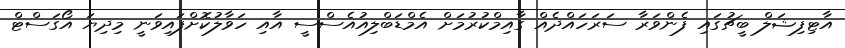
އާޓިފިޝަލް ބީޗުގައި ފެންވަރާ ސަރަހައްދެއް ގާއިމްކުރުމަށް އެމްޑަބްލިއުއެސްސީ އާއި ހަވާލުކޮށްފައިވަނީ މިދިޔަ އޯގަސްޓް